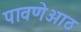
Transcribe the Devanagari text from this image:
पावणेआठ